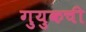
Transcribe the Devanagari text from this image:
गुयुकची